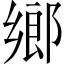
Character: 鄉